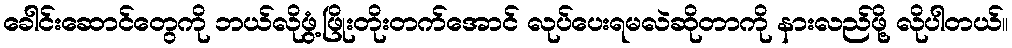
ခေါင်းဆောင်တွေကို ဘယ်လိုဖွံ့ဖြိုးတိုးတက်အောင် လုပ်ပေးရမလဲဆိုတာကို နားလည်ဖို့ လိုပါတယ်။